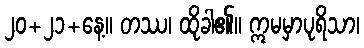
၂၀+၂၁+နေ့။ တဿ၊ ထိုခါ၏။ ဣမမှာပုရိသာ၊